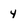
Character: 4